Insane asylums in Bengal annual reports 1876-1887 - 1876-1887
Year: 1876
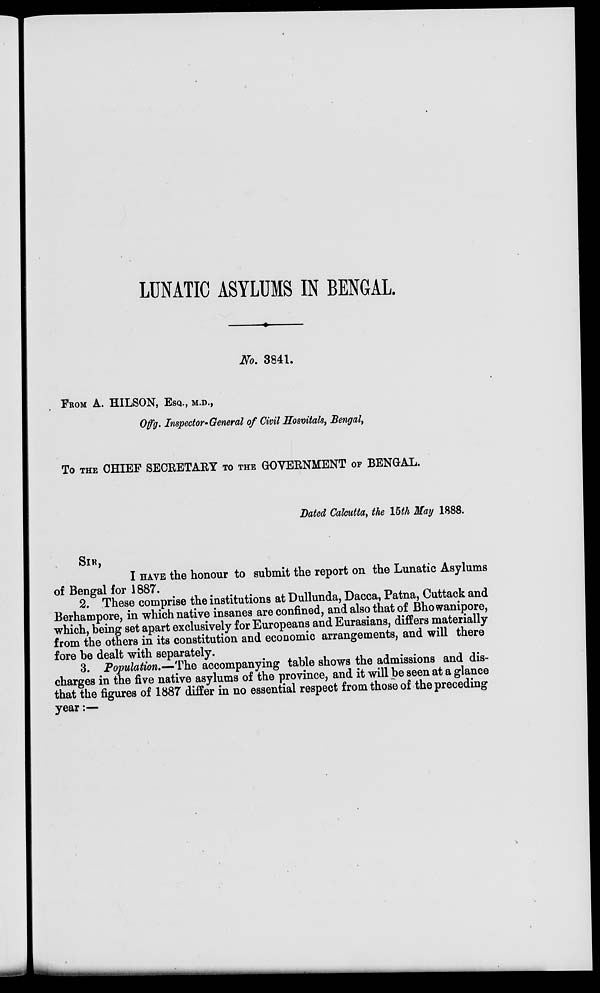
LUNATIC ASYLUMS IN BENGAL.
No. 3841.
FROM A. HILSON, ESQ., M.D.,
Offg. Inspector-General of Civil Hospitals, Bengal,
To THE CHIEF SECRETARY TO THE GOVERNMENT OF BENGAL.
Dated Calcutta, the 15th May 1888.
SIR,
I HAVE the honour to submit the report on the Lunatic Asylums
of Bengal for 1887.
2. These comprise the institutions at Dullunda, Dacca, Patna, Cuttack and
Berhampore, in which native insanes are confined, and also that of Bhowanipore,
which, being set apart exclusively for Europeans and Eurasians, differs materially
from the others in its constitution and economic arrangements, and will there
fore be dealt with separately.
3. Population.—The accompanying table shows the admissions and dis-
charges in the five native asylums of the province, and it will be seen at a glance
that the figures of 1887 differ in no essential respect from those of the preceding
year:—